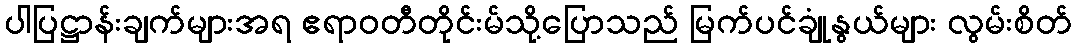
ပါပြဋ္ဌာန်းချက်များအရ ဧရာဝတီတိုင်းမ်သို့ပြောသည် မြက်ပင်ချုံနွယ်များ လွမ်းစိတ်